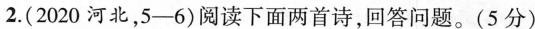
2.(2020河北，5—6)阅读下面两首诗，回答问题。(5分)